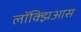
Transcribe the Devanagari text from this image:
लॉक्झिआस